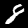
Label: 8